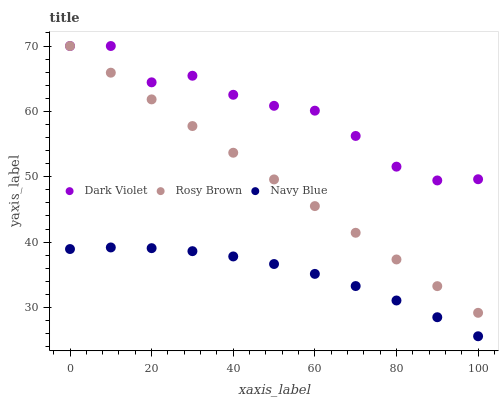
| xaxis_label | Dark Violet | Rosy Brown | Navy Blue |
 | --- | --- | --- | --- |
 | 0 | 70 | 70 | 38.9 |
 | 10 | 70 | 65.9 | 39.2 |
 | 20 | 64.4 | 61.8 | 39.1 |
 | 30 | 65.5 | 57.8 | 38.6 |
 | 40 | 62.5 | 53.7 | 37.8 |
 | 50 | 60.9 | 49.6 | 36.7 |
 | 60 | 60.1 | 45.5 | 35.1 |
 | 70 | 56.2 | 41.4 | 33.3 |
 | 80 | 51.5 | 37.4 | 31.1 |
 | 90 | 49.4 | 33.3 | 28.5 |
 | 100 | 49.6 | 29.2 | 25.6 |